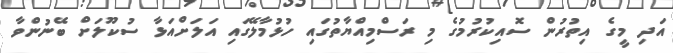
އަދި މީގެ އިތުރުން ސޮއިކުރުމުގެ މި ރަސްމިއްޔާތުގައި ހުޅުމާލޭގައި އަލަށްއަޅާ ސުކޫލަށް ބޭނުންވާ